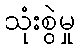
သုံးစွဲမှု